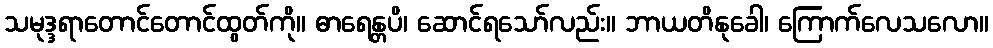
သမုဒ္ဒရာတောင်တောင်ထွတ်ကို။ ဓာရေန္တပိ၊ ဆောင်ရသော်လည်း။ ဘာယတိနုခေါ၊ ကြောက်လေသလော။